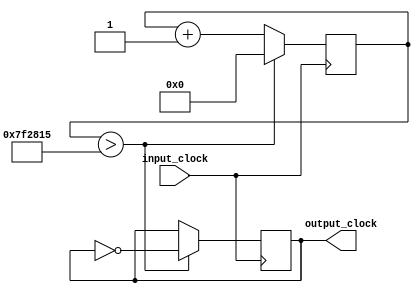
`timescale 1ns / 1ps
//////////////////////////////////////////////////////////////////////////////////
// Company: 
// Engineer: 
// 
// Design Name: 
// Module Name:    Part1 
// Project Name: 
// Target Devices: 
// Tool versions: 
// Description: 
//
// Dependencies: 
//
// Revision: 
// Revision 0.01 - File Created
// Additional Comments: 
//
//////////////////////////////////////////////////////////////////////////////////
module Part1(
    input input_clock,
    output reg output_clock = 0
    );
	reg [24:0] cnt = 0;
	always@(posedge input_clock)
	begin
		if(cnt > 8333333)
		begin
			cnt <= 0;
			output_clock = ~output_clock;
		end
		else
		begin
			cnt <= cnt + 1;
		end
	end

endmodule